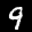
Label: 9